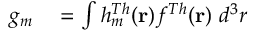
\begin{array} { r l } { g _ { m } } & { { } = \int h _ { m } ^ { T h } ( \mathbf { r } ) f ^ { T h } ( \mathbf { r } ) ~ d ^ { 3 } r } \end{array}